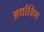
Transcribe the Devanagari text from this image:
अर्थाविण